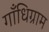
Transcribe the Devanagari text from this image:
गाँधिग्राम